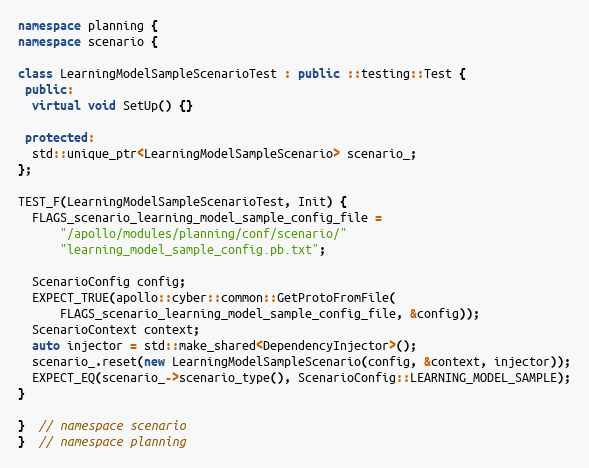
Language: C++
namespace planning {
namespace scenario {

class LearningModelSampleScenarioTest : public ::testing::Test {
 public:
  virtual void SetUp() {}

 protected:
  std::unique_ptr<LearningModelSampleScenario> scenario_;
};

TEST_F(LearningModelSampleScenarioTest, Init) {
  FLAGS_scenario_learning_model_sample_config_file =
      "/apollo/modules/planning/conf/scenario/"
      "learning_model_sample_config.pb.txt";

  ScenarioConfig config;
  EXPECT_TRUE(apollo::cyber::common::GetProtoFromFile(
      FLAGS_scenario_learning_model_sample_config_file, &config));
  ScenarioContext context;
  auto injector = std::make_shared<DependencyInjector>();
  scenario_.reset(new LearningModelSampleScenario(config, &context, injector));
  EXPECT_EQ(scenario_->scenario_type(), ScenarioConfig::LEARNING_MODEL_SAMPLE);
}

}  // namespace scenario
}  // namespace planning